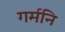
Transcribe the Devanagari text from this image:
गर्मनि